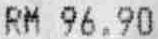
RM 96.90